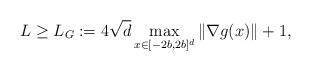
LaTeX: \begin{align*}L\ge L_G:=4\sqrt{d} \max_{x\in [-2b, 2b]^d} \|\nabla g(x)\| +1,\end{align*}